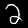
Label: 2